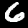
Label: 6